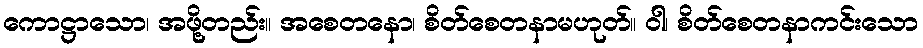
ကောဋ္ဌာသော၊ အဖို့တည်း။ အစေတနော၊ စိတ်စေတနာမဟုတ်။ ဝါ၊ စိတ်စေတနာကင်းသော